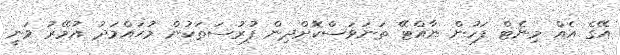
އޭގެ އެއް މިނެޓް ފަހުން ނާއްޓޭ ތަނަވަސްކޮށްދިން ފުރުސަތަކުން މުޙައްމަދު އުމޭރު ވަނީ